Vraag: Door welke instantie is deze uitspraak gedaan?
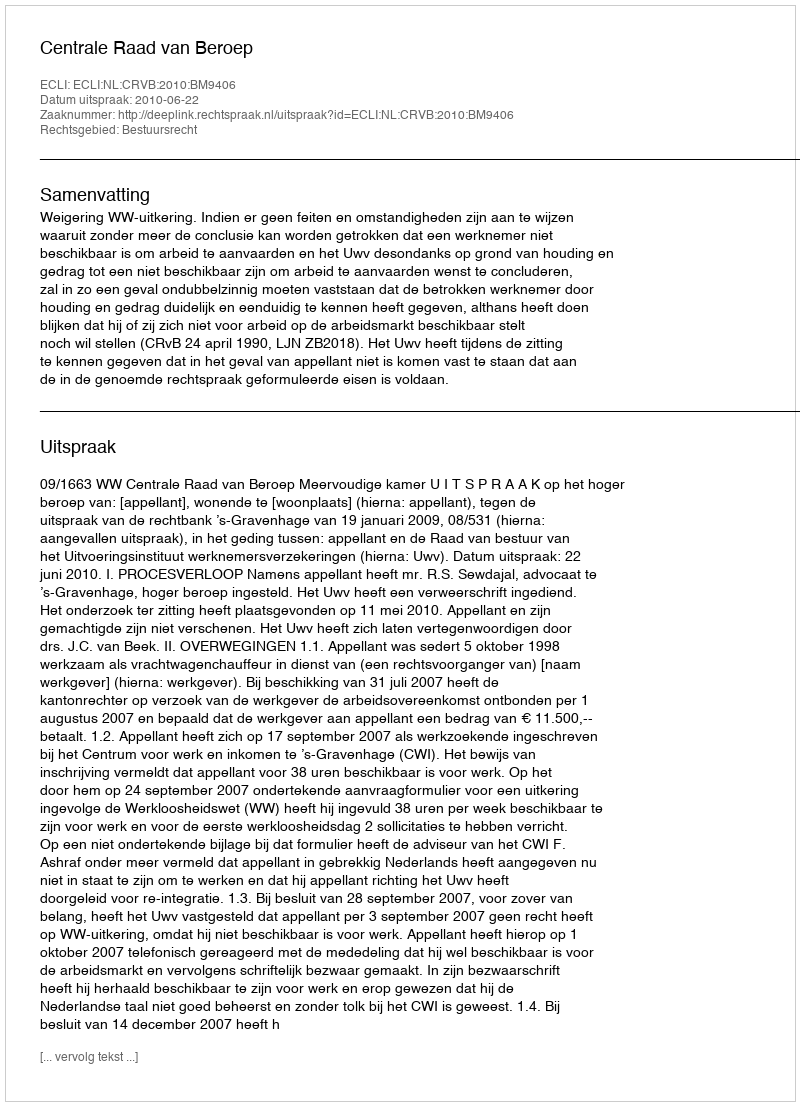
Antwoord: Centrale Raad van Beroep